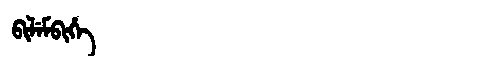
Manchu: ᠪᡳᠯᡝᠮᠪᡳᡥᡝ
Romanization: BILEMBIHE